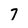
Character: 7